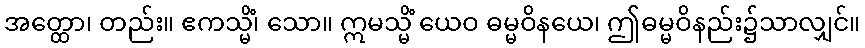
အတ္ထော၊ တည်း။ ဧကသ္မိံ၊ သော။ ဣမသ္မိံ ယေဝ ဓမ္မဝိနယေ၊ ဤဓမ္မဝိနည်း၌သာလျှင်။